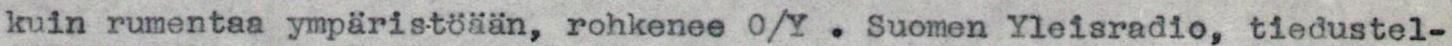
kuin rumentaa ympäristöään, rohkenee O/Y . Suomen Yleisradio, tiedustel-